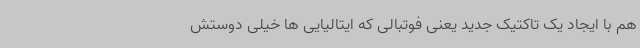
هم با ایجاد یک تاکتیک جدید یعنی فوتبالی که ایتالیایی ها خیلی دوستش